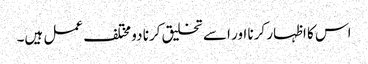
اس کا اظہار کرنا اور اسے تخلیق کرنا دو مختلف عمل ہیں۔